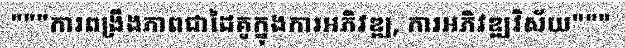
"""ការពង្រឹងភាពជាដៃគូក្នុងការអភិវឌ្ឍ, ការអភិវឌ្ឍវិស័យ"""